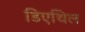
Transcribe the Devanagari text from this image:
डिएथिल